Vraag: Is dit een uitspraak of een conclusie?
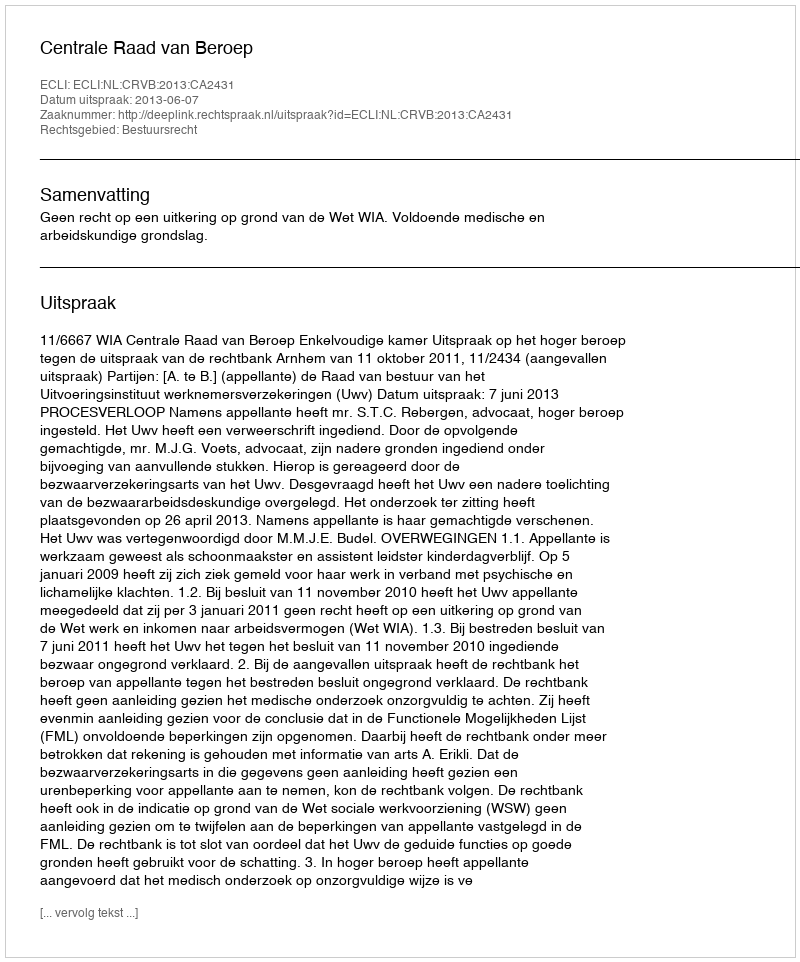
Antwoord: Uitspraak